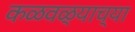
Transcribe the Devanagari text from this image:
कळवळ्याच्या